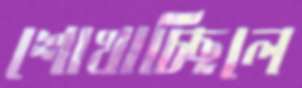
শোখাচ্ছিলে